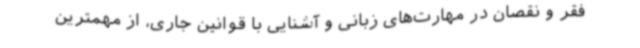
فقر و نقصان در مهارت‌های زبانی و آشنایی با قوانین جاری، از مهمترین